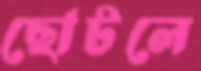
ছোটলে